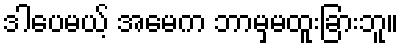
ဒါပေမယ့် အမေက ဘာမှမထူးခြားဘူ။